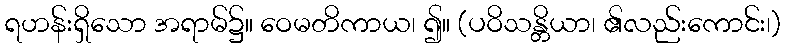
ရဟန်းရှိသော အရာမ်၌။ ဝေမတိကာယ၊ ၍။ (ပဝိသန္တိယာ၊ ၏လည်းကောင်း၊)